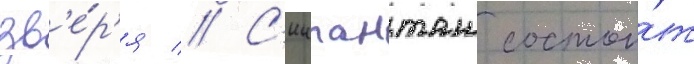
зв'е́р'я // С'иипанташ состои́т